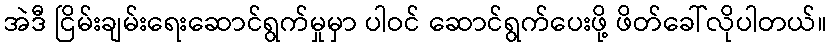
အဲဒီ ငြိမ်းချမ်းရေးဆောင်ရွက်မှုမှာ ပါဝင် ဆောင်ရွက်ပေးဖို့ ဖိတ်ခေါ်လိုပါတယ်။